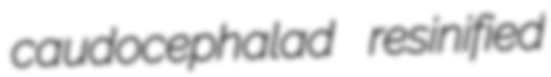
caudocephalad resinified